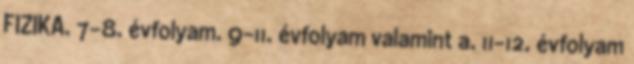
FIZIKA. 7-8. évfolyam. 9-11. évfolyam valamint a. 11-12. évfolyam